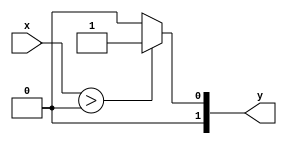
`timescale 1ns / 1ps

module actF(y,x

    );
    output reg [1:0]y;
    input [4:0]x;
    
    
always @(*) 
begin
    if ($signed(x) > $signed(0))
    y=1; 
    else 
    y=$signed(0);
    end
endmodule